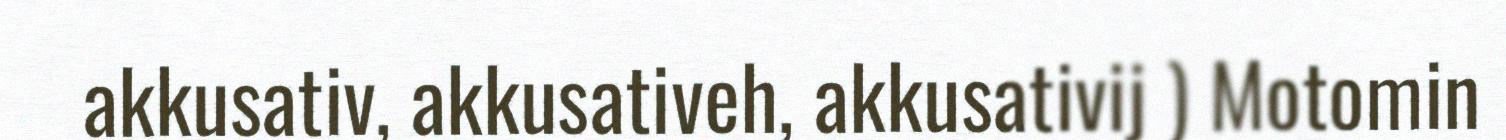
akkusativ, akkusativeh, akkusativij ) Motomin